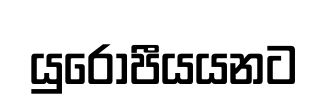
යුරෝපීයයනට